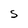
Character: S